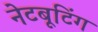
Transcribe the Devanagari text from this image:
नेटबूटिंग